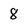
Character: 8